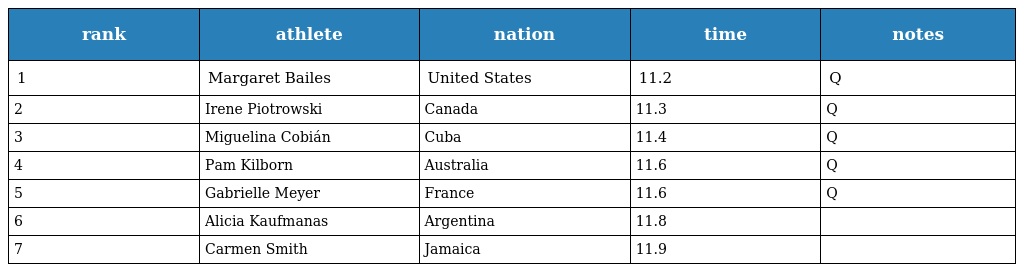
| rank | athlete | nation | time | notes |
 | --- | --- | --- | --- | --- |
 | 1 | Margaret Bailes | United States | 11.2 | Q |
 | 2 | Irene Piotrowski | Canada | 11.3 | Q |
 | 3 | Miguelina Cobián | Cuba | 11.4 | Q |
 | 4 | Pam Kilborn | Australia | 11.6 | Q |
 | 5 | Gabrielle Meyer | France | 11.6 | Q |
 | 6 | Alicia Kaufmanas | Argentina | 11.8 |  |
 | 7 | Carmen Smith | Jamaica | 11.9 |  |